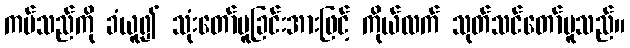
ကပ်သည်ကို ခံယူ၍ သုံးတော်မူခြင်းအားဖြင့် ကိုယ်လက် သုတ်သင်တော်မူသည်။